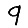
Digit: 9